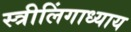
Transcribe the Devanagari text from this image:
स्त्रीलिंगाध्याय